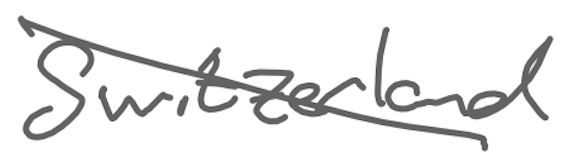
Text: Switzerland
Cross-out: diagonal
Writing tool: digital_gray